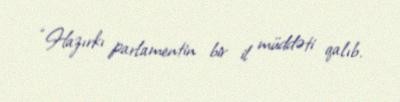
“Hazırkı parlamentin bir il müddəti qalıb.